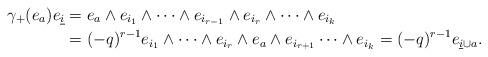
LaTeX: \begin{align*}\gamma_{+}(e_{a}) e_{\underline{i}}& = e_{a} \wedge e_{i_{1}} \wedge \cdots \wedge e_{i_{r - 1}} \wedge e_{i_{r}} \wedge \cdots\wedge e_{i_{k}}\\& = (-q)^{r - 1} e_{i_{1}} \wedge \cdots \wedge e_{i_{r}} \wedge e_{a} \wedge e_{i_{r + 1}} \cdots \wedge e_{i_{k}}= (-q)^{r - 1} e_{\underline{i} \cup a}.\end{align*}